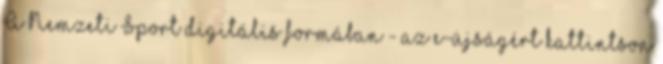
A Nemzeti Sport digitális formában - az e-újságért kattintson